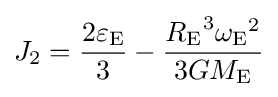
J_{2}={\frac {2\varepsilon _{\mathrm {E} }}{3}}-{\frac {{R_{\mathrm {E} }}^{3}{\omega _{\mathrm {E} }}^{2}}{3GM_{\mathrm {E} }}}